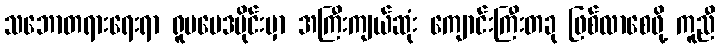
သဘောတရားရေးရာ ရူပဗေဒပိုင်းမှာ အကြီးကျယ်ဆုံး ကျောင်းကြီးတခု ဖြစ်လာစေဖို့ ကူညီ